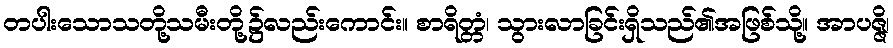
တပါးသောသတို့သမီးတို့၌လည်းကောင်း။ စာရိတ္တံ၊ သွားလာခြင်းရှိသည်၏အဖြစ်သို့။ အာပဇ္ဇိ၊